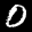
Label: 0